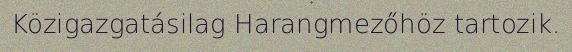
Közigazgatásilag Harangmezőhöz tartozik.